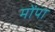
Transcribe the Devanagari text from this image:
मोंपा